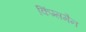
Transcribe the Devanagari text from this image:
किंग्समैन